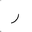
Letter: _ra